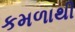
કમળાથી